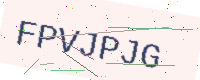
Text: FPVJPJG